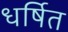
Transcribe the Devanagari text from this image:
धर्षित